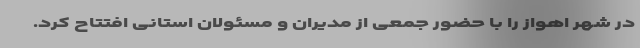
در شهر اهواز را با حضور جمعی از مدیران و مسئولان استانی افتتاح کرد.